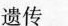
遗传